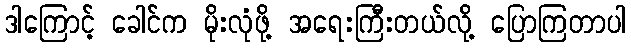
ဒါကြောင့် ခေါင်က မိုးလုံဖို့ အရေးကြီးတယ်လို့ ပြောကြတာပါ